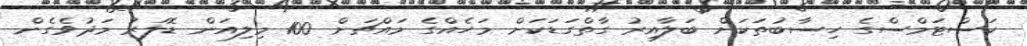
ކަސްޓަމްސްގެ ހިސާބުތަކަށް ބަލާއިރު ގާތްގަޑަކަށް މަހެއްގެ މައްޗަށް 100 މިލިއަން ޑޮލަރު މަދުވެގެން